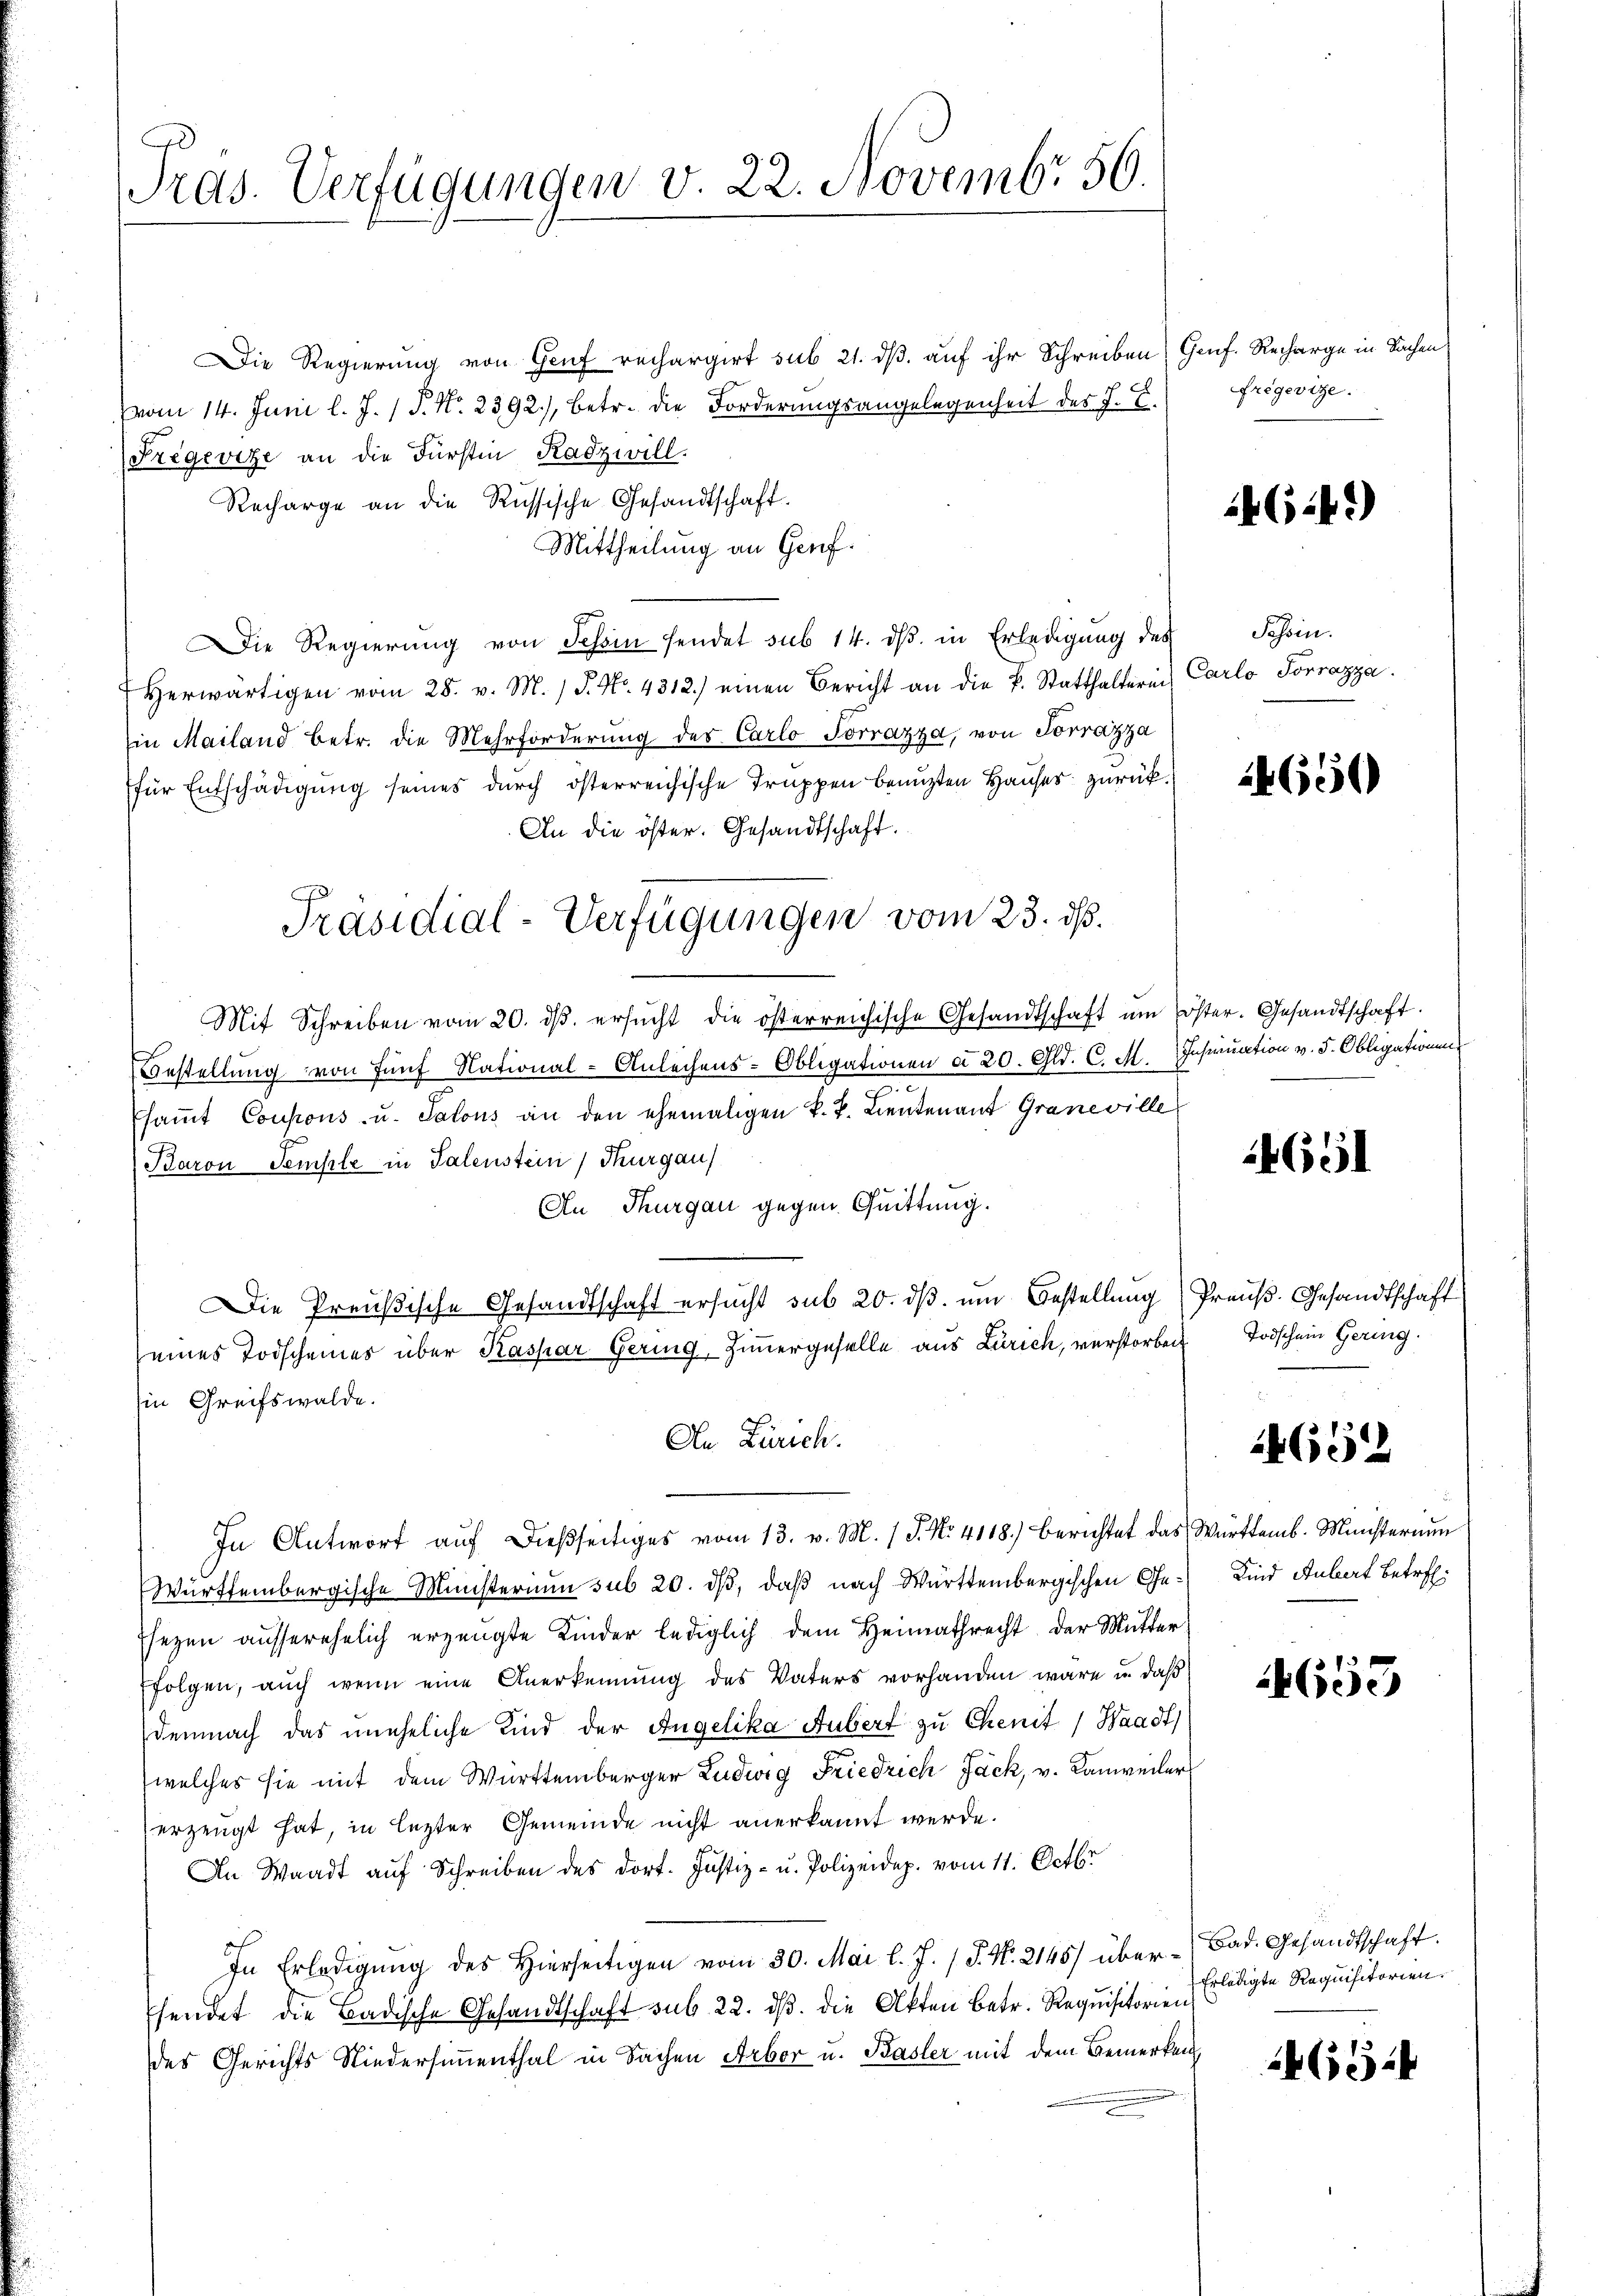
Tras. Verfügungen v. 22. Novembr 56.

Die Regierung von Genf rechargirt sub 21. dß auf ihr Schreiben (Genf. Recharge in Sachen,
vom 14. Juni l. J. / P. Nr. 2392), betr. die Forderungsangelegenheit des J. E.
Fregevize an die Fürstin Radzwill.
Recharge an die Russische Gesandtschaft.
Mittheilung an Genf.
Die Regierŭng von Schin sendet sub 14. dβ. in Erledigŭng des Schein-
herwärtigen vom 28. v. M. / J. No. 4312.) einen Bericht an die k. Statthalterin Carlo Torrazza
in Mailand betr. die Mehrforderung des Carlo Torrazza, von Torrazza
für Entschädigung seines durch österreichische Truppen benuzten Hauses zurück¬
An die öster. Gesandtschaft.
Mit Schreiben vom 20. dβ. ersŭcht die österreichische Gesandtschaft um Erster. Gesandtschaft.
Bestellung von fünf National-Anleihens-Obligationen do 20. Gld. C. M. Insinuation v. d. Obligationen
saṁt Coupons- u. Salons an den ehemaligen k. k. Lieutenant Graneville
Baron Semple in Talenstein, Thurgau
An Thurgau gegen Quittung.
Die Preußische Gesandtschaft ersucht sub 20. dβ. um Bestellung Preuß. Gesandtschaft
seines Todscheines über Kaspar Gering, Zimmergeselle aus Zürich, verstorben
Ein Greifswalde.
An Zürich.
In Antwort aŭf dießseitiges vom 13. v. M. / J. No. 4118.) berichtet das Württemb. Ministerium
Württembergische Ministerium sub 20. dß, daß nach Württembergischen Gesezen ausserehelich erzeugte Kinder lediglich dem Heimathrecht der Mutter
folgen, auch wenn eine Anerkennung des Vaters vorhanden wäre u. daß
demnach das uneheliche Kind der Angelika Hubert zu Chemit Waadt)
welches sie mit dem Württemberger Ludwig Friedrich Jack, v. Kanweiler
erzeugt hat, in lezter Gemeinde nicht anerkannt werde.
An Waadt auf Schreiben des dort. Justiz- u. Polizeidep. vom 11. Octbr
In Erledigung des Hierseitigen vom 30. Mai l. J. P. N. 2146) über-Bad. Gesandtschaft.
hendet die Badische Gesandtschaft sub 22. dβ. die Akten betr. Requisitorien
des Gerichts Niedersimmenthal in Sachen Arbor u. Basler mit dem Bemerken

Präsidial-Verfügungen vom 23. ds.

règevize.

G.12)

4650

4691

Todschein Gering

4652

Kind Aubert betreff

4655

Erledigte Requisitorien.

14654